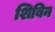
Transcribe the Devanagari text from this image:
शिबिन